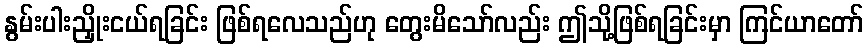
နွမ်းပါးညှိုးငယ်ရခြင်း ဖြစ်ရလေသည်ဟု တွေးမိသော်လည်း ဤသို့ဖြစ်ရခြင်းမှာ ကြင်ယာတော်